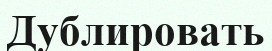
Дублировать